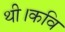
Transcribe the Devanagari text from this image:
थी।कवि